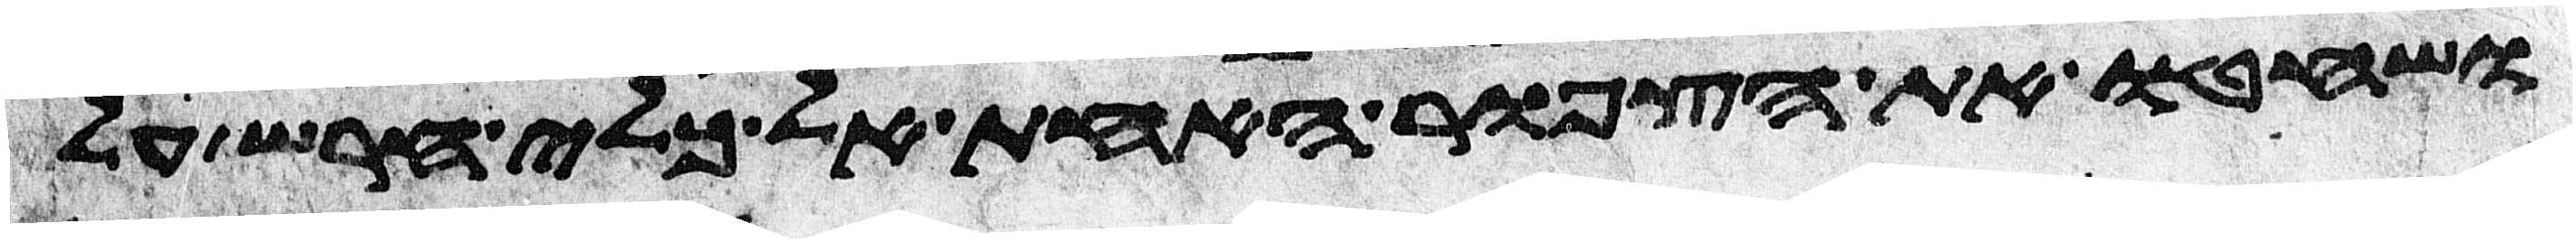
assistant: ושחטו את הצפור האחת אל כלי חרש על